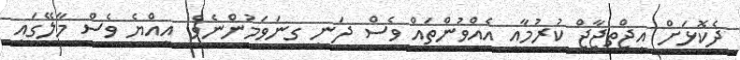
ދެކޮޅަށް އިޖްތިޖާޖް ކުރުމާއި އެއްވުންތައް ވެސް ދަނީ ގިނަވަމުންނެވެ. އިއްޔެ ވެސް މާލޭގައި